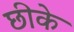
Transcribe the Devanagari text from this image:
छीके